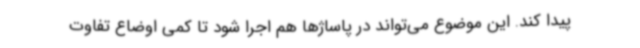
پیدا کند. این موضوع می‌تواند در پاساژها هم اجرا شود تا کمی اوضاع تفاوت